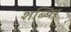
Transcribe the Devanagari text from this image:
शब्बिर